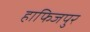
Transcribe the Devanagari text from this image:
हाफिजपुर